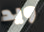
ويد